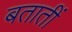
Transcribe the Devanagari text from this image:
बतातीं